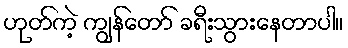
ဟုတ်ကဲ့ ကျွန်တော် ခရီးသွားနေတာပါ။